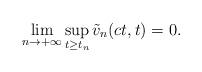
LaTeX: \begin{align*}\lim_{n\rightarrow+\infty}\sup_{t\geq t_n}\tilde{v}_n(ct, t)=0.\end{align*}